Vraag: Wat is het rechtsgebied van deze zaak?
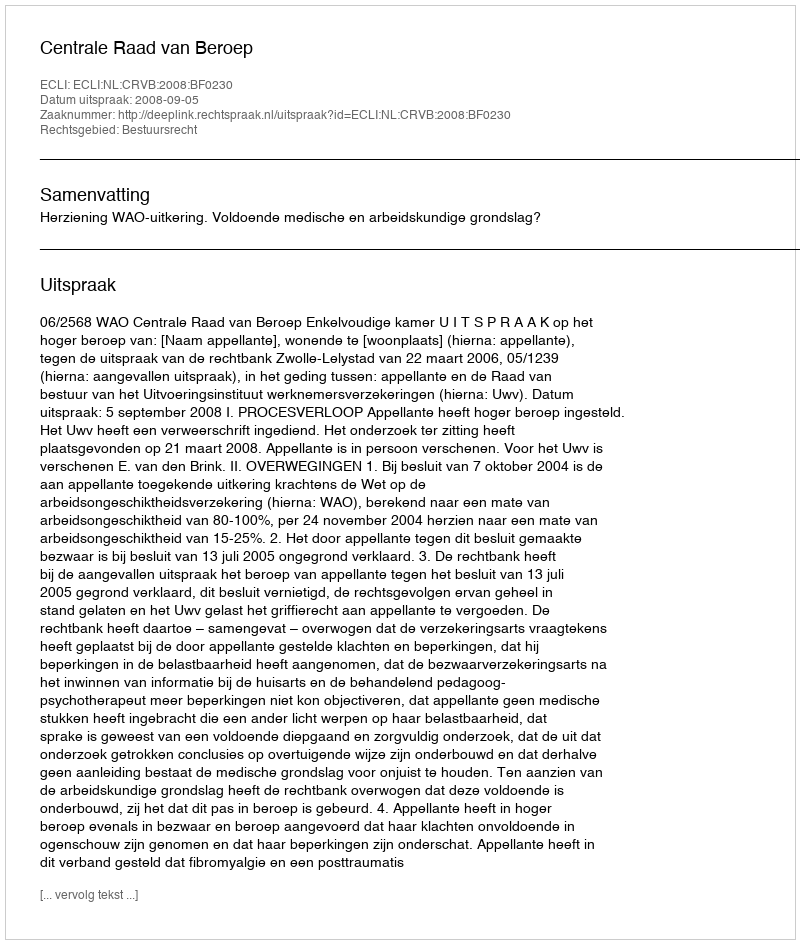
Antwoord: Bestuursrecht